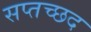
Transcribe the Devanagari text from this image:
सप्तच्छद